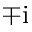
\mp \mathrm { i }